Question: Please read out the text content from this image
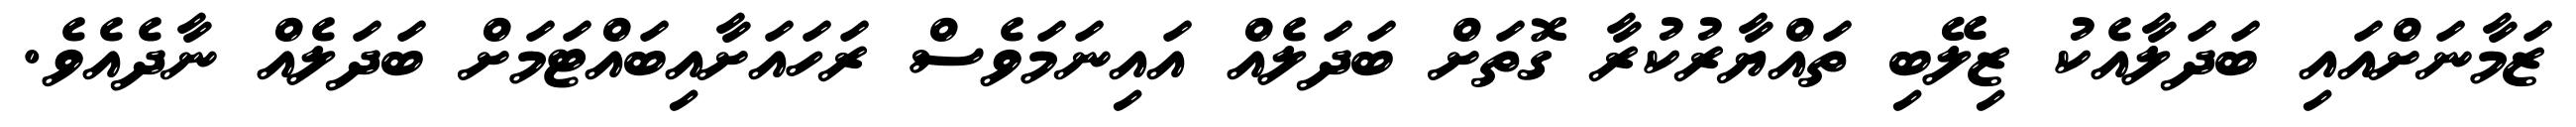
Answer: ޒަމާނަށްއައި ބަދަލާއެކު ޒިލޭބި ތައްޔާރުކުރާ ގޮތަށް ބަދަލެއް އައިނަމަވެސް ރަހައަށާއިބައްޓަމަށް ބަދަލެއް ނާދެއެވެ.